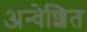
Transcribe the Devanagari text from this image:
अन्वेशित